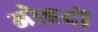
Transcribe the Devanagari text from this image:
अोहदों